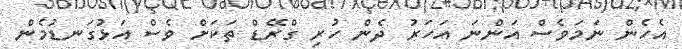
އެހެން ނަމަވެސް އަންނަ އަހަރު ދެން ހުރި ގްރޭޑް ތަކަށް ވެސް އަޅުގަނޑުމެން